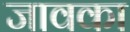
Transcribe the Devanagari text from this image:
जावका